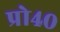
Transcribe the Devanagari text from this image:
प्रो४०